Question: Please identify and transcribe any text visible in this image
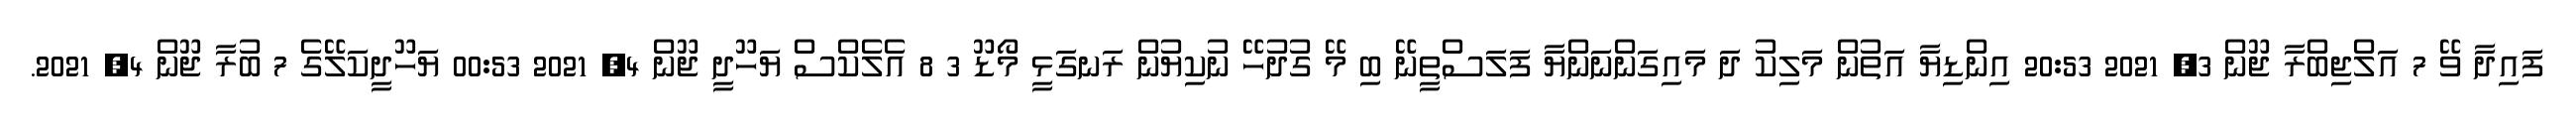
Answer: ފައިދާ ވޭ 7 އަލްޖިބްރާ ޖޫން 3, 2021 20:53 އިންޑިޔާ އަތުން މަލިކު ދަ މައިގަންނަންޔާ ފަލަސްތީނޭ ބި މޭ ގުދުހޭ ނުކިޔުން ރަނގަޅީ މޯޑޫ 3 8 އެލެކްސް ޔަހޫދީ ޖޫން 4, 2021 00:53 ޔަހޫދީކަލޭގެ 7 ބުރާ ޖޫން 4, 2021.